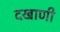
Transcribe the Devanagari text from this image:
दखाणी